Memorandum on the precautions to be taken against cholera
Disease focus: Cholera
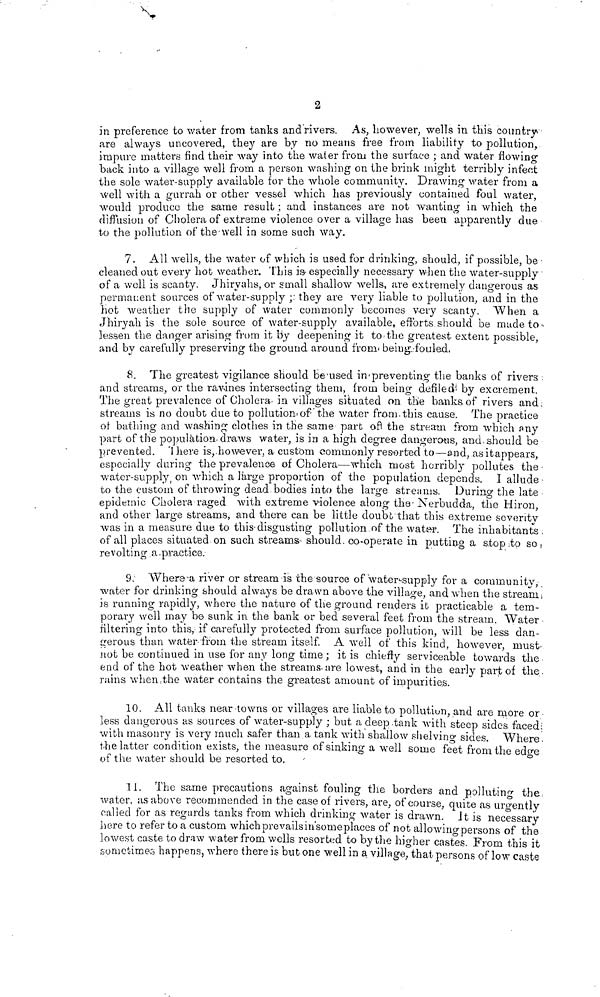
2
in preference to water from tanks andrivers. As, however, wells in this country
are always uncovered, they are by no means free from liability to pollution,
impure matters find their way into the water from the surface ; and water flowing
back into a village well from a person washing on the brink might terribly infect
the sole water-supply available for the whole community. Drawing water from a
well with a gurrah or other vessel which has previously contained foul water,
would produce the same result ; and instances are not wanting in which the
diffusion of Cholera of extreme violence over a village has been, apparently due
to the pollution of the well in some such way.
7. All wells, the water of which is used for drinking, should, if possible, be
cleaned out every hot weather. This is especially necessary when the water-supply
of a well is scanty. Jhiryahs, or small shallow wells, are extremely dangerous as
permanent sources of water-supply; they are very liable to pollution, and in the
hot weather the supply of water commonly becomes very scanty. When a
Jhiryah is the sole source of water-supply available, efforts should be mude to
lessen the danger arising from it by deepening it to the greatest extent possible,
and by carefully preserving the ground around from being fouled.
8. The greatest vigilance should be used in preventing the banks of rivers
and streams, or the ravines intersecting them, from being defiled by excrement.
The great prevalence of Cholera in villages situated on the banks of rivers and
streams is no doubt due to pollution of the water from, this cause. The practice
of bathing and washing clothes in the same part oft the stream from which any
part of the population draws water, is in a high degree dangerous, and, should be
prevented. T here is however, a custom commonly resorted to—and, as it appears,
especially during the prevalence of Cholera—which most horribly pollutes the
water-supply, on which a large proportion of the population depends. I allude
to the custom of throwing dead bodies into the large streams. During the late
epidemic Cholera raged with extreme violence along the Nerbudda, the Hiron,
and other large streams, and there can be little doubt that this extreme soveritv
was in a measure due to this disgusting pollution of the water. The inhabitants ,
of all places situated on such streams- should, co-operate in putting a stop to so,
revolting a practice.
9. "Where a river or stream is the source of waters supply for a community
water for drinking should always be drawn above the village, and when the stream.
is running rapidly, where the nature of the ground renders it practicable a tem-
porary well may be sunk in the bank or bed several feet from the stream. Water
filtering into this, if carefully protected from surface pollution, will be less dan-
gerous than water from the stream itself. A well of this kind, however, must
not be continued in use for any long time ; it is chiefly serviceable towards the
end of the hot weather when the streams are lowest, and in the early part of the
rains when the water contains the greatest amount of impurities.
10. All tanks near towns or villages are liable to pollution, and are more or
less dangerous as sources of water-supply ; but a deep tank with steep sides faced:
with masonry is very much safer than a tank with shallow shelving sides. Where,
the latter condition exists, the measure of sinking a well some feet from the edge
of the water should be resorted
to.
11. The same precautions against fouling the borders and polluting the
water, as above recommended in the case of rivers, are, of course, quite as urgently
called for as regards tanks from which drinking water is drawn. It is necessary
here to refer to a custom which prevails in some places of not allowing persons of the
lowest caste to draw water from wells resorted to by the higher castes. From this it
sometimes happens, where there is but one well in a village that persons of low caste